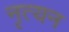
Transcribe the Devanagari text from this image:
नृत्यन